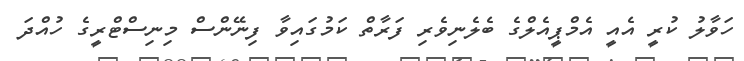
ހަވާލު ކުރީ އެއީ އެމްޕީއެލްގެ ބެލެނިވެރި ފަރާތް ކަމުގައިވާ ފިނޭންސް މިނިސްޓްރީގެ ހުއްދަ